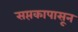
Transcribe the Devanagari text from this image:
सप्तकापासून